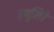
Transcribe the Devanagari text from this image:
ल्युमिरे